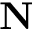
{ \bf N }